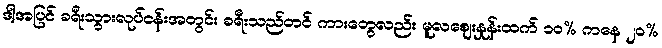
ဒါ့အပြင် ခရီးသွားလုပ်ငန်းအတွင်း ခရီးသည်တင် ကားတွေလည်း မူလဈေးနှုန်းထက် ၁၀% ကနေ ၂၀%